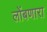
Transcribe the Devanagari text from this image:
लोंबणारा